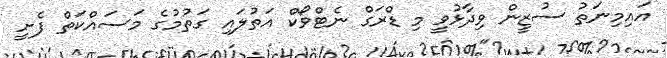
އައިމިނަތު ސުޒީން ވިދާޅުވީ މި ޑްރަގް ނެޓްވޯކް އަތުލައި ގަތުމުގެ މަސައްކަތް ފެށީ